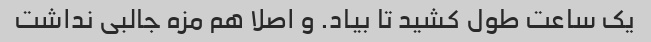
یک ساعت طول کشید تا بیاد. و اصلا هم مزه جالبی نداشت